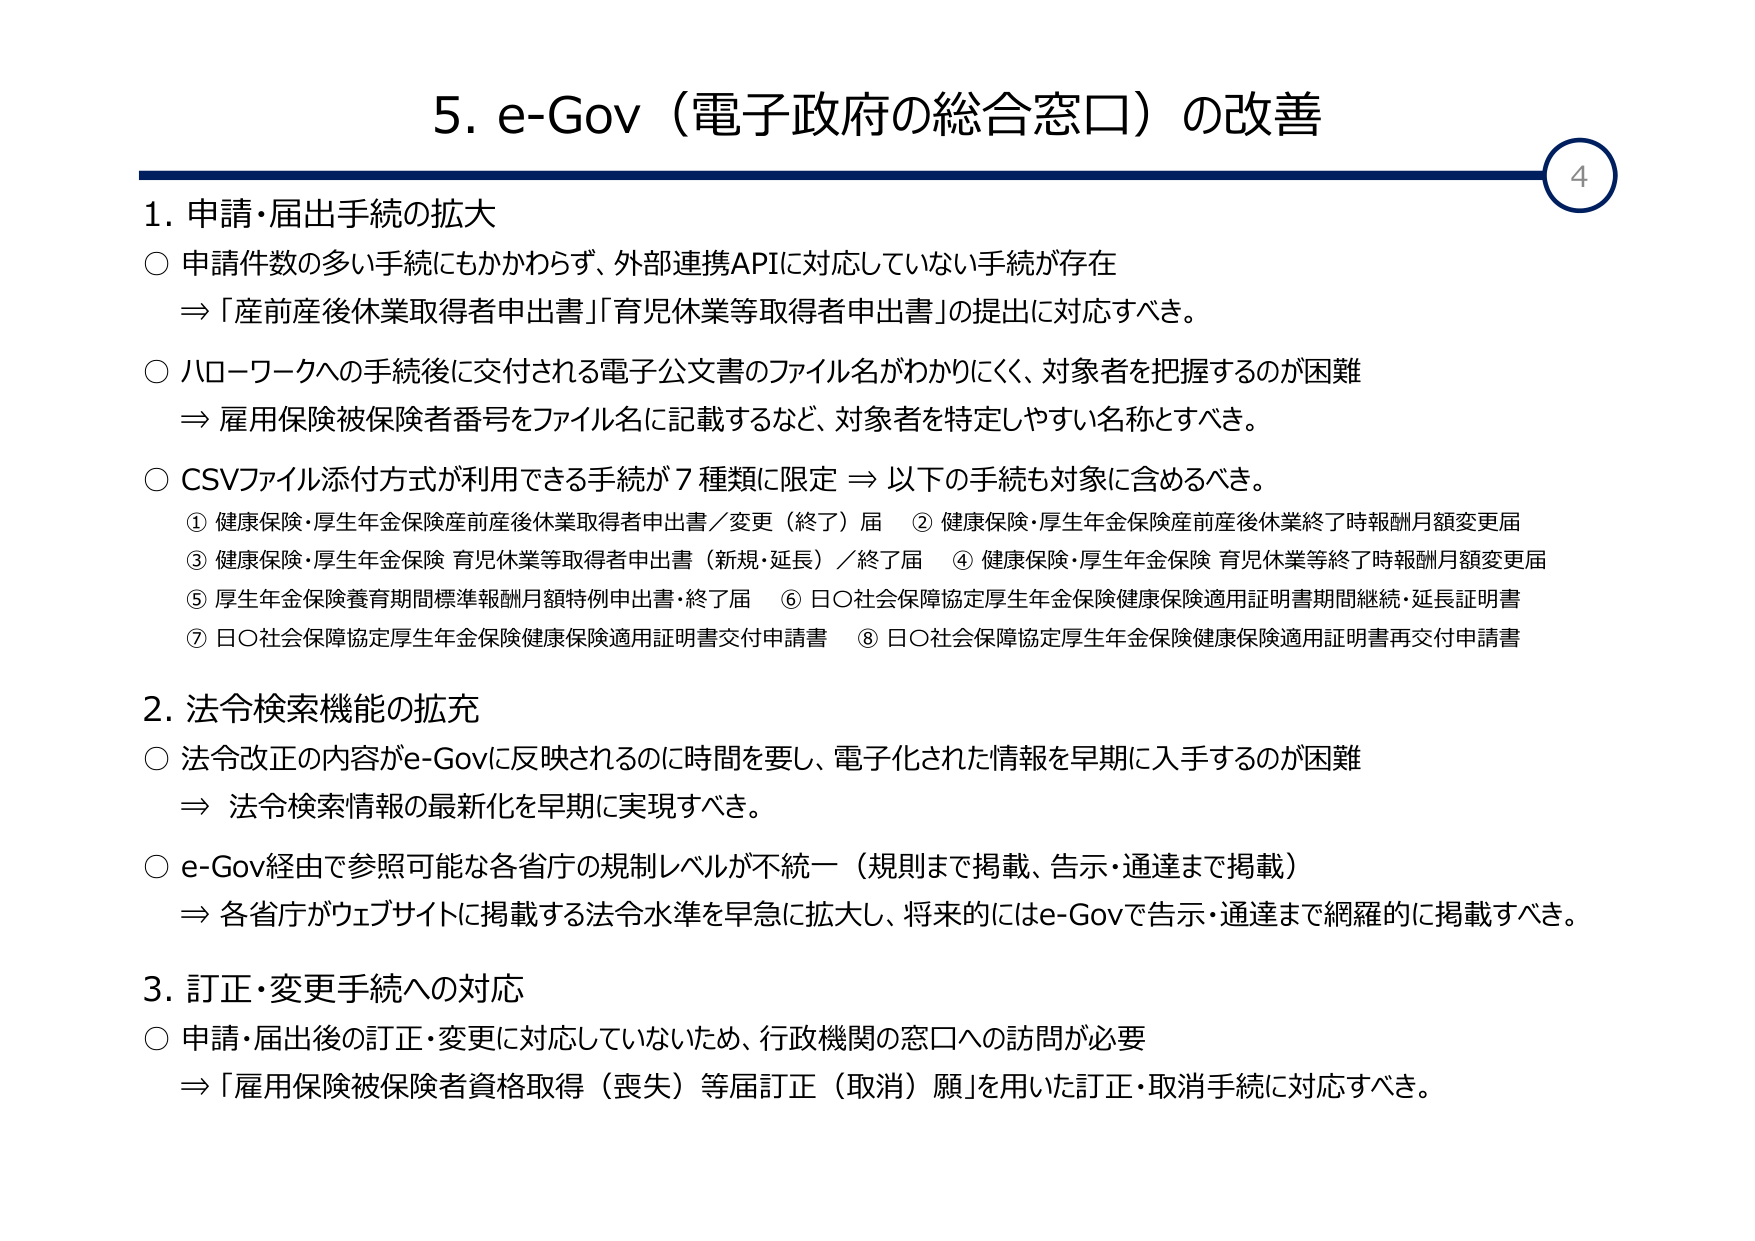
5. e-Gov（電子政府の総合窓口）の改善

1. 申請・届出手続きの拡大
○ 申請件数の多い手続にもかかわらず、外部連携APIに対応していない手続が存在
　⇒「産前産後休業取得者申出書」「育児休業等取得者申出書」の提出に対応すべき。
○ ハローワークへの手続後に交付される電子公文書のファイル名がわかりにくく、対象者を把握するのが困難
　⇒ 雇用保険被保険者番号をファイル名に記載するなど、対象者を特定しやすい名称とすべき。
○ CSVファイル添付方式が利用できる手続が7種類に限定 ⇒ 以下の手続も対象に含めるべき。
　① 健康保険・厚生年金保険産前産後休業取得者申出書／変更（終了）届
　② 健康保険・厚生年金保険産前産後休業終了時報酬月額変更届
　③ 健康保険・厚生年金保険 育児休業等取得者申出書（新規・延長）／終了届
　④ 健康保険・厚生年金保険 育児休業等終了時報酬月額変更届
　⑤ 厚生年金保険養育期間標準報酬月額特例申出書・終了届
　⑥ 日〇社会保障協定厚生年金保険健康保険適用証明書期間継続・延長証明書
　⑦ 日〇社会保障協定厚生年金保険健康保険適用証明書交付申請書
　⑧ 日〇社会保障協定厚生年金保険健康保険適用証明書再交付申請書

2. 法令検索機能の拡充
○ 法令改正の内容がe-Govに反映されるのに時間を要し、電子化された情報を早期に入手するのが困難
　⇒ 法令検索情報の最新化を早期に実現すべき。
○ e-Gov経由で参照可能な各省庁の規制レベルが不統一（規則まで掲載、告示・通達まで掲載）
　⇒ 各省庁がウェブサイトに掲載する法令水準を早急に拡大し、将来的にはe-Govで告示・通達まで網羅的に掲載すべき。

3. 訂正・変更手続への対応
○ 申請・届出後の訂正・変更に対応していないため、行政機関の窓口への訪問が必要
　⇒「雇用保険被保険者資格取得（喪失）等届訂正（取消）願」を用いた訂正・取消手続に対応すべき。

4